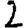
Digit: 2